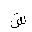
Letter: _sin